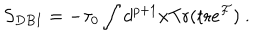
S _ { D B I } = - { \tau _ { 0 } } \int d ^ { p + 1 } x \mathrm { T r } ( \mathrm { t r } e ^ { { \cal F } } ) \ .